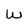
Character: w